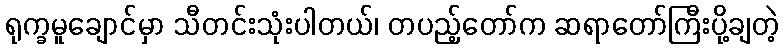
ရုက္ခမူချောင်မှာ သီတင်းသုံးပါတယ်၊ တပည့်တော်က ဆရာတော်ကြီးပို့ချတဲ့